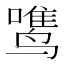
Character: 𱊡